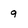
Character: 9